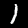
Label: 1